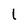
Character: 1